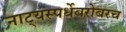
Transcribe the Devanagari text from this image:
नाट्यस्पर्धेबरोबरच